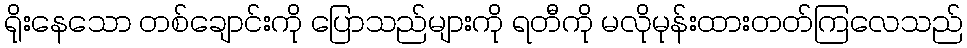
ရိုးနေသော တစ်ချောင်းကို ပြောသည်များကို ရတီကို မလိုမုန်းထားတတ်ကြလေသည်